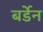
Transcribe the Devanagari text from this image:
बर्डेन